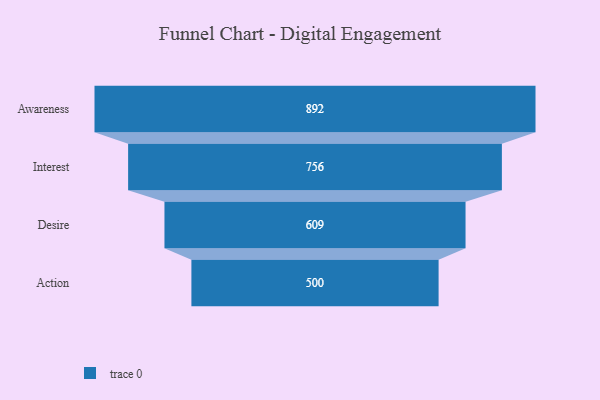
{"axis": {"x": "Stage", "y": "Value"}, "legend": [""], "data": [{"x": "Awareness", "y": 892.0, "type": ""}, {"x": "Interest", "y": 756.0, "type": ""}, {"x": "Desire", "y": 609.0, "type": ""}, {"x": "Action", "y": 500, "type": ""}]}